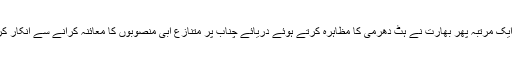
تاہم ایک مرتبہ پھر بھارت نے ہٹ دھرمی کا مظاہرہ کرتے ہوئے دریائے چناب پر متنازع آبی منصوبوں کا معائنہ کرانے سے انکار کردیا۔